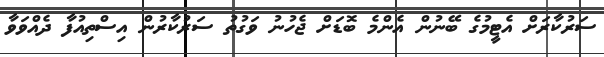
ސަރުކާރަށް އެޓީމުގެ ބޭނުން އެންމެ ބޮޑަށް ޖެހުނު ވަގުތު ސަރުކާރުން އިސްތިއުފާ ދެއްވަވާ